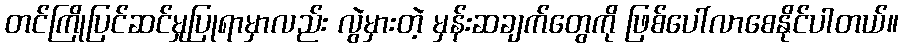
တင်ကြိုပြင်ဆင်မှုပြုရာမှာလည်း လွဲမှားတဲ့ မှန်းဆချက်တွေကို ဖြစ်ပေါ်လာစေနိုင်ပါတယ်။